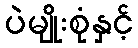
ပဲမျိုးစုံနှင့်